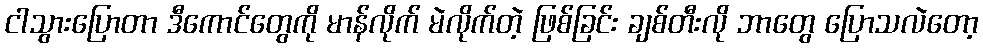
ငါသွားပြောတာ ဒီကောင်တွေကို မာန်လိုက် မဲလိုက်တဲ့ ဖြစ်ခြင်း ချစ်တီးလို ဘာတွေ ပြောသလဲတော့